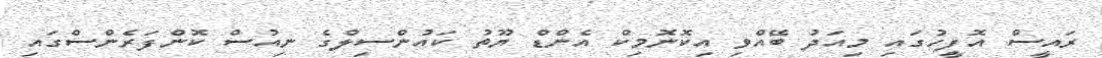
ރައީސް އޮފީހުގައި މިއަދު ބޭއްވި އިކޮނޮމިކް އެންޑް ޔޫތު ކައުންސިލްގެ ނިއުސް ކޮންފަރެންސްގައި